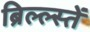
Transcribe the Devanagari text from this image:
ब्रिल्ल्स्तें